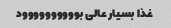
غذا بسیار عالی بوووووووووود